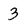
Character: 3